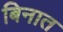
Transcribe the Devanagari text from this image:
बिनात